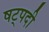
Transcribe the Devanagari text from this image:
षट्‍पदी